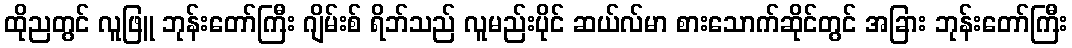
ထိုညတွင် လူဖြူ ဘုန်းတော်ကြီး ဂျိမ်းစ် ရိဘ်သည် လူမည်းပိုင် ဆယ်လ်မာ စားသောက်ဆိုင်တွင် အခြား ဘုန်းတော်ကြီး